Report of the Indian Hemp Drugs Commission, 1894-1895 - Volume III
Year: 1894
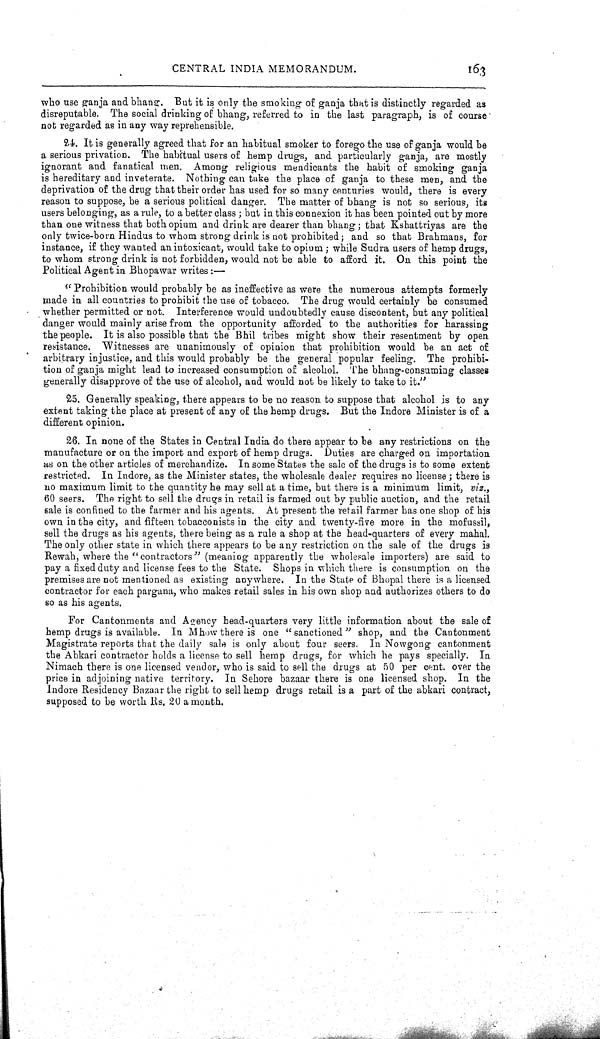
CENTRAL INDIA MEMORANDUM.
163
who use ganja and bhang. But it is only the smoking of ganja that is distinctly regarded as
disreputable. The social drinking of bhang, referred to in the last paragraph, is of course
not regarded as in any way reprehensible.
24. It is generally agreed that for an habitual smoker to forego the use of ganja would be
a serious privation. The habitual users of hemp drugs, and particularly ganja, are mostly
ignorant and fanatical men. Among religious mendicants the habit of smoking ganja
is hereditary and inveterate. Nothing can take the place of ganja to these men, and the
deprivation of the drug that their order has used for so many centuries would, there is every
reason to suppose, be a serious political danger. The matter of bhang is not so serious, its
users belonging, as a rule, to a better class; but in this connexion it has been pointed out by more
than one witness that both opium and drink are dearer than bhang; that Kshattriyas are the
only twice-born Hindus to whom strong drink is not prohibited; and so that Brahmans, for
instance, if they wanted an intoxicant, would take to opium; while Sudra users of hemp drugs,
to whom strong drink is not forbidden, would not be able to afford it. On this point the
Political Agent in Bhopawar writes:—
"Prohibition would probably be as ineffective as were the numerous attempts formerly
made in all countries to prohibit the use of tobacco. The drug would certainly be consumed
whether permitted or not. Interference would undoubtedly cause discontent, but any political
danger would mainly arise from the opportunity afforded to the authorities for harassing
the people. It is also possible that the Bhil tribes might show their resentment by open
resistance. Witnesses are unanimously of opinion that prohibition would be an act of
arbitrary injustice, and this would probably be the general popular feeling. The prohibi-
tion of ganja might lead to increased consumption of alcohol. The bhang-consuming classes
generally disapprove of the use of alcohol, and would not be likely to take to it."
25. Generally speaking, there appears to be no reason to suppose that alcohol is to any
extent taking the place at present of any of the hemp drugs. But the Indore Minister is of a
different opinion.
26. In none of the States in Central India do there appear to be any restrictions on the
manufacture or on the import and export of hemp drugs. Duties are charged on importation
as on the other articles of merchandize. In some States the sale of the drugs is to some extent
restricted. In Indore, as the Minister states, the wholesale dealer requires no license; there is
no maximum limit to the quantity he may sell at a time, but there is a minimum limit, viz.,
60 seers. The right to sell the drugs in retail is farmed out by public auction, and the retail
sale is confined to the farmer and his agents. At present the retail farmer has one shop of his
own in the city, and fifteen tobacconists in the city and twenty-five more in the mofussil,
sell the drugs as his agents, there being as a rule a shop at the head-quarters of every mahal.
The only other state in which there appears to be any restriction on the sale of the drugs is
Rewah, where the "contractors" (meaning apparently the wholesale importers) are said to
pay a fixed duty and license fees to the State. Shops in which there is consumption on the
premises are not mentioned as existing anywhere. In the State of Bhopal there is a licensed
contractor for each pargana, who makes retail sales in his own shop and authorizes others to do
so as his agents.
For Cantonments and Agency head-quarters very little information about the sale of
hemp drugs is available. In M how there is one "sanctioned" shop, and the Cantonment
Magistrate reports that the daily sale is only about four seers. In Nowgong cantonment
the Abkari contractor holds a license to sell hemp drugs, for which he pays specially. In
Nimach there is one licensed vendor, who is said to sell the drugs at 50 per cent. over the
price in adjoining native territory. In Sehore bazaar there is one licensed shop. In the
Indore Residency Bazaar the right to sell hemp drugs retail is a part of the abkari contract,
supposed to be worth Rs. 20 a month.